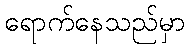
ရောက်နေသည်မှာ